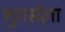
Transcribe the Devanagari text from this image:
शुगर्सला